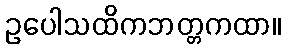
ဥပေါသထိကဘတ္တကထာ။